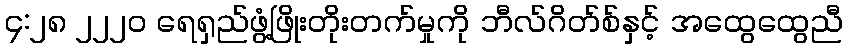
၄:၂၈ ၂၂၂၀ ရေရှည်ဖွံ့ဖြိုးတိုးတက်မှုကို ဘီလ်ဂိတ်စ်နှင့် အထွေထွေညီ